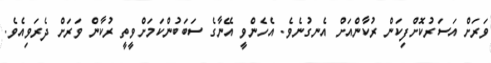
ވަރަށް އަސަރުކޮށްފިކަން ރުކާންއަށް އެނގުނެވެ. އެހެންވީ އޭނާގެ ސަބަބުންކަމަށްވީތީ ރުކާން ވަރަށް ދެރަވިއެވެ.